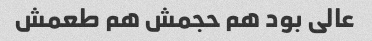
عالی بود هم حجمش هم طعمش